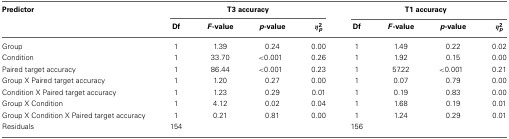
| Predictor | <COLSPAN=4> T3 accuracy | <COLSPAN=4> T1 accuracy |
 |  | Df | F-value | p-value | η2p | Df | F-value | p-value | η2p |
 | --- | --- | --- | --- | --- | --- | --- | --- | --- |
 | Group | 1 | 1.39 | 0.24 | 0.00 | 1 | 1.49 | 0.22 | 0.02 |
 | Condition | 1 | 33.70 | <0.001 | 0.26 | 1 | 1.92 | 0.15 | 0.00 |
 | Paired target accuracy | 1 | 86.44 | <0.001 | 0.23 | 1 | 57.22 | <0.001 | 0.21 |
 | Group X Paired target accuracy | 1 | 1.20 | 0.27 | 0.00 | 1 | 0.07 | 0.79 | 0.00 |
 | Condition X Paired target accuracy | 1 | 1.23 | 0.29 | 0.01 | 1 | 0.19 | 0.83 | 0.00 |
 | Group X Condition | 1 | 4.12 | 0.02 | 0.04 | 1 | 1.68 | 0.19 | 0.01 |
 | Group X Condition X Paired target accuracy | 1 | 0.21 | 0.81 | 0.00 | 1 | 1.24 | 0.29 | 0.01 |
 | Residuals | 154 |  |  |  | 156 |  |  |  |